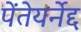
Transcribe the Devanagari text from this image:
पेंतेयर्नेद्द